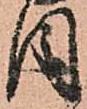
目